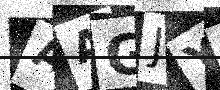
Text: AAGJY1